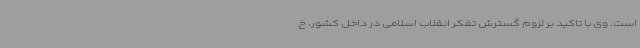
است. وی با تاکید بر لزوم گسترش تفکر انقلاب اسلامی در داخل کشور، خ